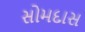
સોમદાસ